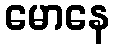
မောနေ